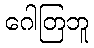
ဂေါတြဘူ